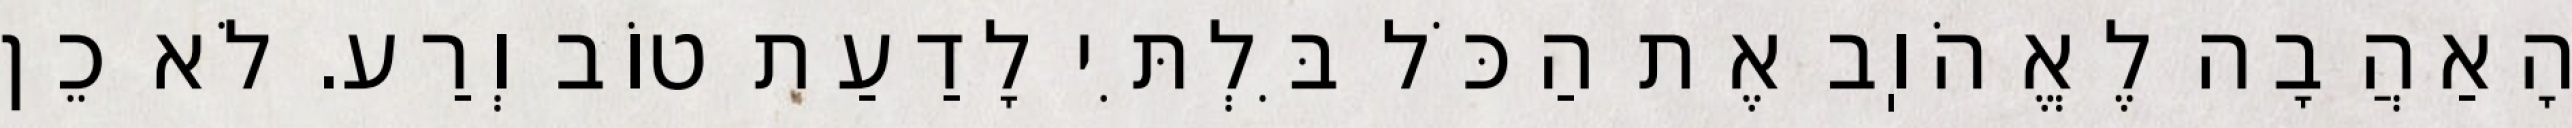
הָאַהֲבָה לֶאֱהֹוֽב אֶת הַכֹּל בִּלְתִּי לָדַעַת טוֹב וְרַע. לֹא כֵן